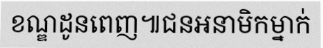
ខណ្ឌដូនពេញ៕ជនអនាមិកម្នាក់